Indian journal of veterinary science and animal husbandry - Volumes 15-17, 1948-1951
Year: 1948
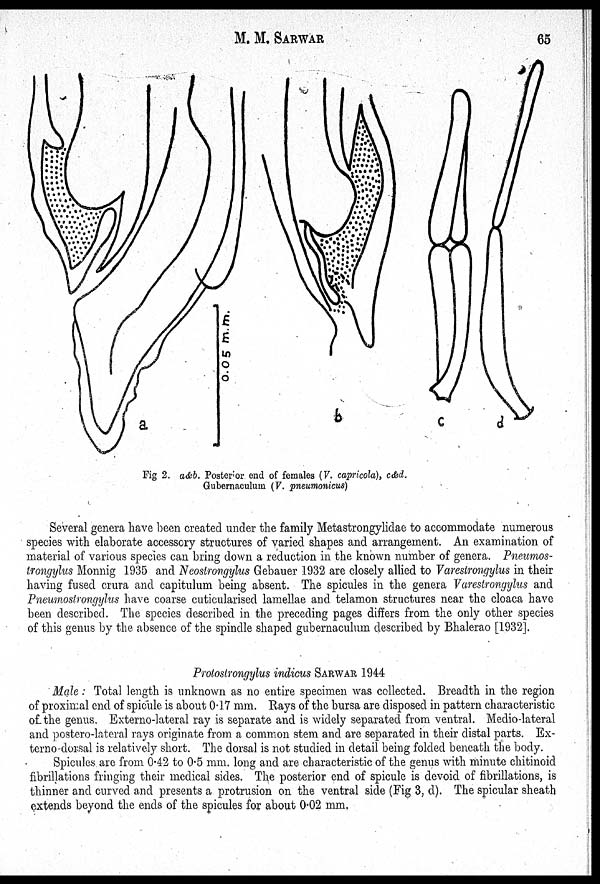
M. M. SARWAR 65
Fig 2. a&b. Posterior end of females (V. capricola), c&d.
Gubernaculum (V. pneumonicus)
Several genera have been created under the family Metastrongylidae to accommodate numerous
species with elaborate accessory structures of varied shapes and arrangement. An examination of
material of various species can bring down a reduction in the known number of genera. Pneumos-
trongylus Monnig 1935 and Neostrongylus Gebauer 1932 are closely allied to Varestrongylus in their
having fused crura and capitulum being absent. The spicules in the genera Varestrongylus and
Pneumostrongylus have coarse cuticularised lamellae and telamon structures near the cloaca have
been described. The species described in the preceding pages differs from the only other species
of this genus by the absence of the spindle shaped gubernaculum described by Bhalerao [1932].
Protostrongylus indicus SARWAR 1944
Male: Total length is unknown as no entire specimen was collected. Breadth in the region
of proximal end of spicule is about 0.17 mm. Rays of the bursa are disposed in pattern characteristic
of the genus. Externo-lateral ray is separate and is widely separated from ventral. Medio-lateral
and postero-lateral rays originate from a common stem and are separated in their distal parts. Ex-
terno-dorsal is relatively short. The dorsal is not studied in detail being folded beneath the body.
Spicules are from 042 to 0.5 mm. long and are characteristic of the genus with minute chitinoid
fibrillations fringing their medical sides. The posterior end of spicule is devoid of fibrillations, is
thinner and curved and presents a protrusion on the ventral side (Fig 3, d). The spicular sheath
extends beyond the ends of the spicules for about 0.02 mm.